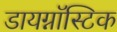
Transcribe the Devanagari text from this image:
डायग्नॉस्टिक